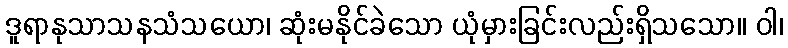
ဒူရာနုသာသနသံသယော၊ ဆုံးမနိုင်ခဲသော ယုံမှားခြင်းလည်းရှိသသော။ ဝါ၊